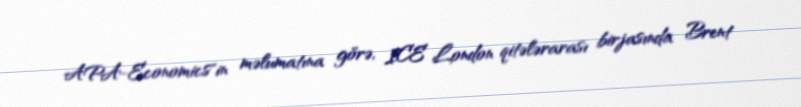
APA-Economics"in məlumatına görə, ICE London qitələrarası birjasında Brent